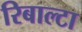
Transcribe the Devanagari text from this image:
रिबाल्टा